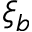
\xi _ { b }